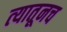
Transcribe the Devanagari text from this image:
त्‍यातूनच